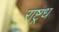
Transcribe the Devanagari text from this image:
राष्ट्रध